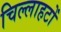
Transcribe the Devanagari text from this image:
चिल्लाहटों